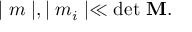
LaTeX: \mid m \mid , \mid m _ { i } \mid \ll \mathrm { d e t { \bf ~ M } } .